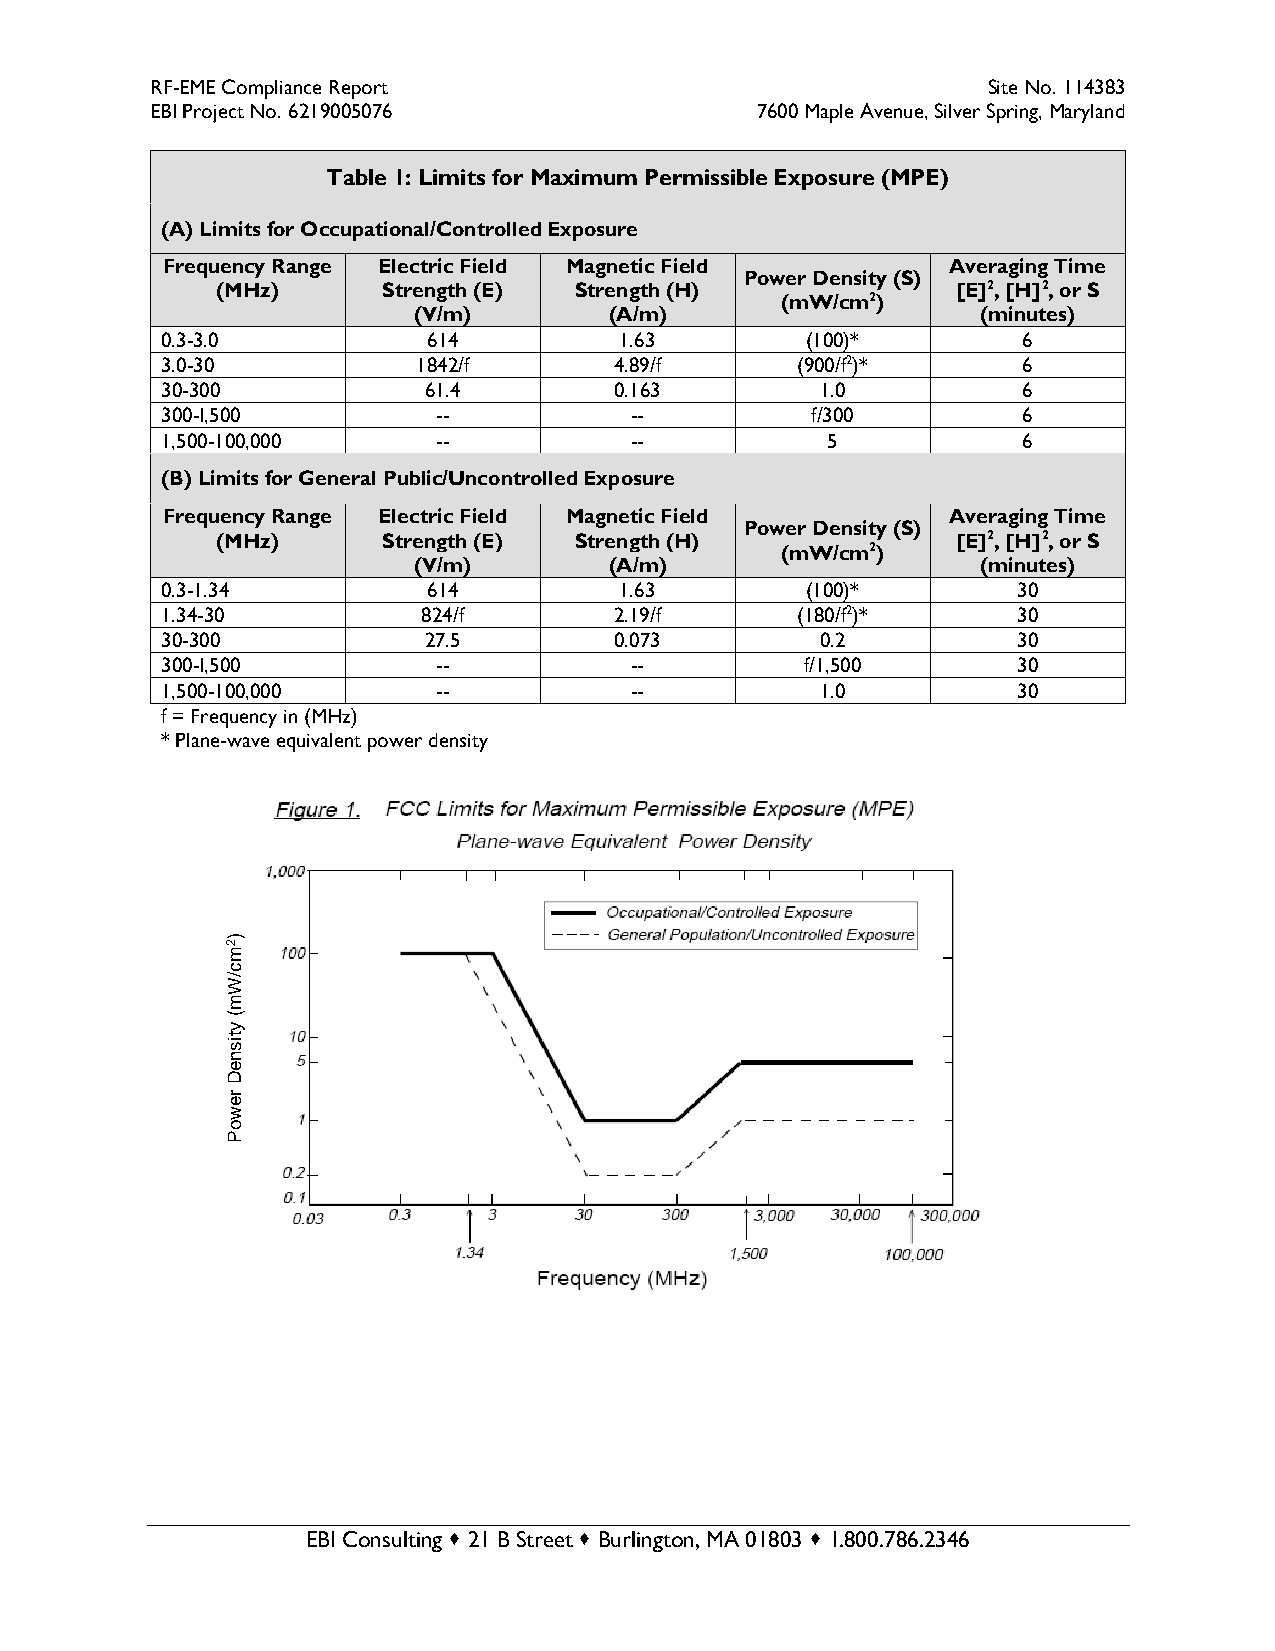
RF-EME Compliance Report                               Site No. 114383
 EBI Project No. 6219005076              7600 Maple Avenue, Silver Spring, Maryland
 Table 1: Limits for Maximum Permissible Exposure (MPE)
 (A) Limits for Occupational/Controlled Exposure
 Frequency Range Electric Field Magnetic Field       Averaging Time
 Power Density (S)
 (MHz)      Strength (E) Strength (H)             [E]2, [H]2, or S
 (mW/cm2)
 (V/m)        (A/m)                    (minutes)
 0.3-3.0          614          1.63        (100)*         6
 3.0-30           1842/f       4.89/f      (900/f2)*      6
 30-300           61.4         0.163        1.0           6
 300-I,500         --           --          f/300         6
 1,500-100,000     --           --           5            6
 (B) Limits for General Public/Uncontrolled Exposure
 Frequency Range Electric Field Magnetic Field       Averaging Time
 Power Density (S)
 (MHz)      Strength (E) Strength (H)             [E]2, [H]2, or S
 (mW/cm2)
 (V/m)        (A/m)                    (minutes)
 0.3-1.34         614          1.63        (100)*        30
 1.34-30          824/f        2.19/f      (180/f2)*     30
 30-300           27.5         0.073        0.2          30
 300-I,500         --           --         f/1,500       30
 1,500-100,000     --           --          1.0          30
 f = Frequency in (MHz)
 * Plane-wave equivalent power density
 )
 2
 m
 c
 /W
 m
 (
 y
 tis
 n
 e
 D
 re
 w
 o
 P
 EBI Consulting  21 B Street  Burlington, MA 01803  1.800.786.2346